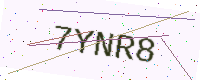
Text: 7YNR8